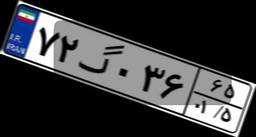
۴۶گ۰۵۹۱۸